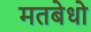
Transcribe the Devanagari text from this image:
मतबेधो